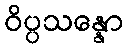
ဝိပ္ပသန္နော